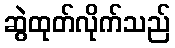
ဆွဲထုတ်လိုက်သည်